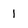
Character: 1